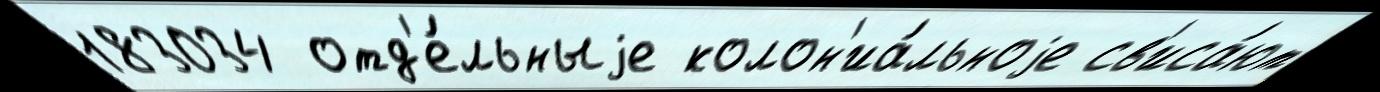
183034 отд'е́льныjе колон'иа́льноjе св'иса́ют